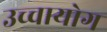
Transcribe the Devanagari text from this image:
उच्‍चायोग